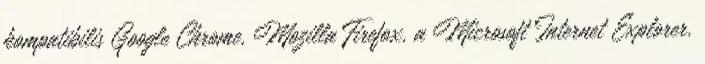
kompatibilis Google Chrome, Mozilla Firefox, a Microsoft Internet Explorer.